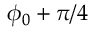
\phi _ { 0 } + \pi / 4